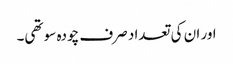
اور ان کی تعداد صرف چودہ سو تھی۔